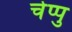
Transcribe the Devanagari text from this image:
चेप्पु